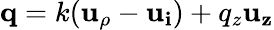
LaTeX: \mathbf{q}=k(\mathbf{u_{\rho}}-\mathbf{u_{i}})+q_{z}\mathbf{u_{z}}